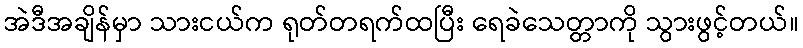
အဲဒီအချိန်မှာ သားငယ်က ရုတ်တရက်ထပြီး ရေခဲသေတ္တာကို သွားဖွင့်တယ်။